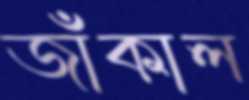
জাঁকাল